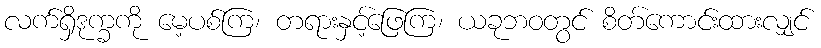
လက်ရှိဒုက္ခကို မေ့ပစ်ကြ၊ တရားနှင့်ဖြေကြ၊ ယခုဘဝတွင် စိတ်ကောင်းထားလျှင်